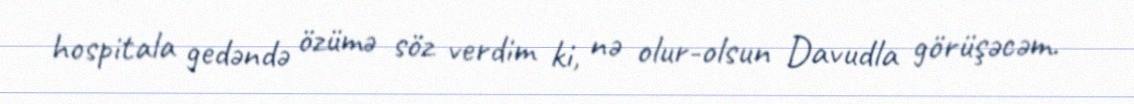
hospitala gedəndə özümə söz verdim ki, nə olur-olsun Davudla görüşəcəm.